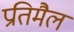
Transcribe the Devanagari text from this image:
प्रतिमैल